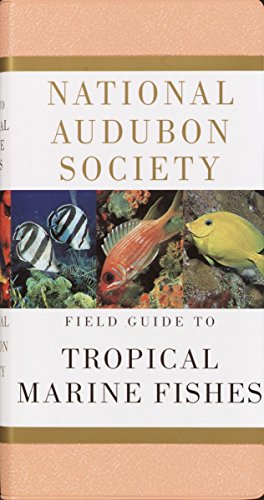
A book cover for National Audubon Society Field Guide to Tropical Marine Fishes: Caribbean, Gulf of Mexico, Florida, Bahamas,  Bermuda; NATIONAL AUDUBON SOCIETY; Travel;